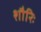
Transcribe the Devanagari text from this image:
शौरिः